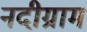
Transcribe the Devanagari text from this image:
नदीग्राम